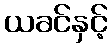
ယခင်နှင့်